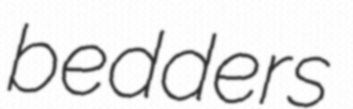
bedders